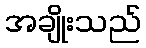
အချိုးသည်